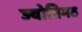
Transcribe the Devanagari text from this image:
ज्योतिमठ